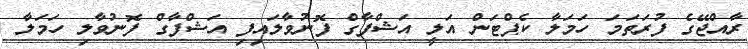
ރާއްޖޭގެ ފުރަތަމަ ހަމަލާ ކެޕްޓަން އަލީ އަޝްފާގް ފޮނުވާލައިފި އަޝްފާގް ފޮނުވާލި ހަމަލާ